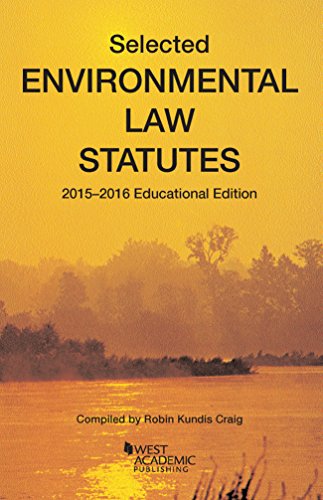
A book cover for Selected Environmental Statutes (Selected Statutes); Robin Craig; Law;